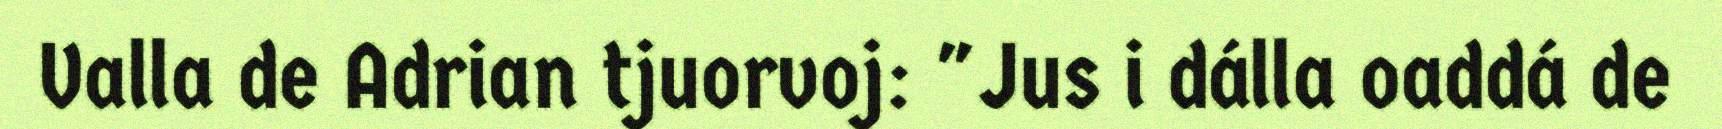
Valla de Adrian tjuorvoj: "Jus i dálla oaddá de